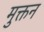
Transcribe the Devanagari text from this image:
मुक्तन